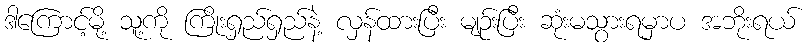
ဒါကြောင့်မို့ သူ့ကို ကြိုးရှည်ရှည်နဲ့ လှန်ထားပြီး မျဉ်းပြီး ဆုံးမသွားရမှာပ အဘိုးရယ်